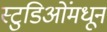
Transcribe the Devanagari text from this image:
स्टुडिओंमधून